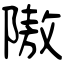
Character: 隞